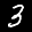
Label: 3